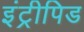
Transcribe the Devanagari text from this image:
इंट्रीपिड